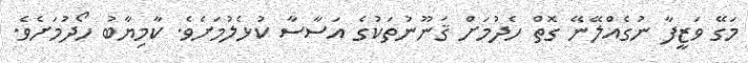
މަގޭ ވަޒީފާ ނުގެއްލޭނޭ ގޮތް ހެދުމަށް ޤަނޫނުތަކުގެ އަސާސާ ކުޅެލުމަށެވެ. ކާމިޔާބު ހޯދުމަށެވެ.